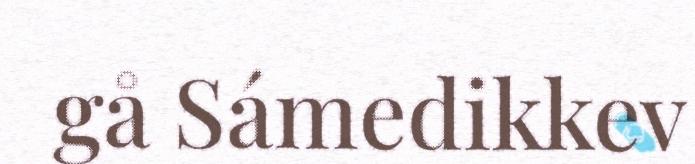
gå Sámedikkev